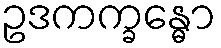
ဥဒကက္ခန္ဓော